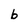
Character: b